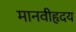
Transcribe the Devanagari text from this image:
मानवीहृदय